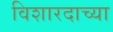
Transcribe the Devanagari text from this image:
विशारदाच्या